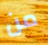
من